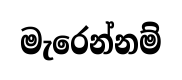
මැරෙන්නම්